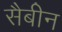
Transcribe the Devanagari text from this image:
सैबीन